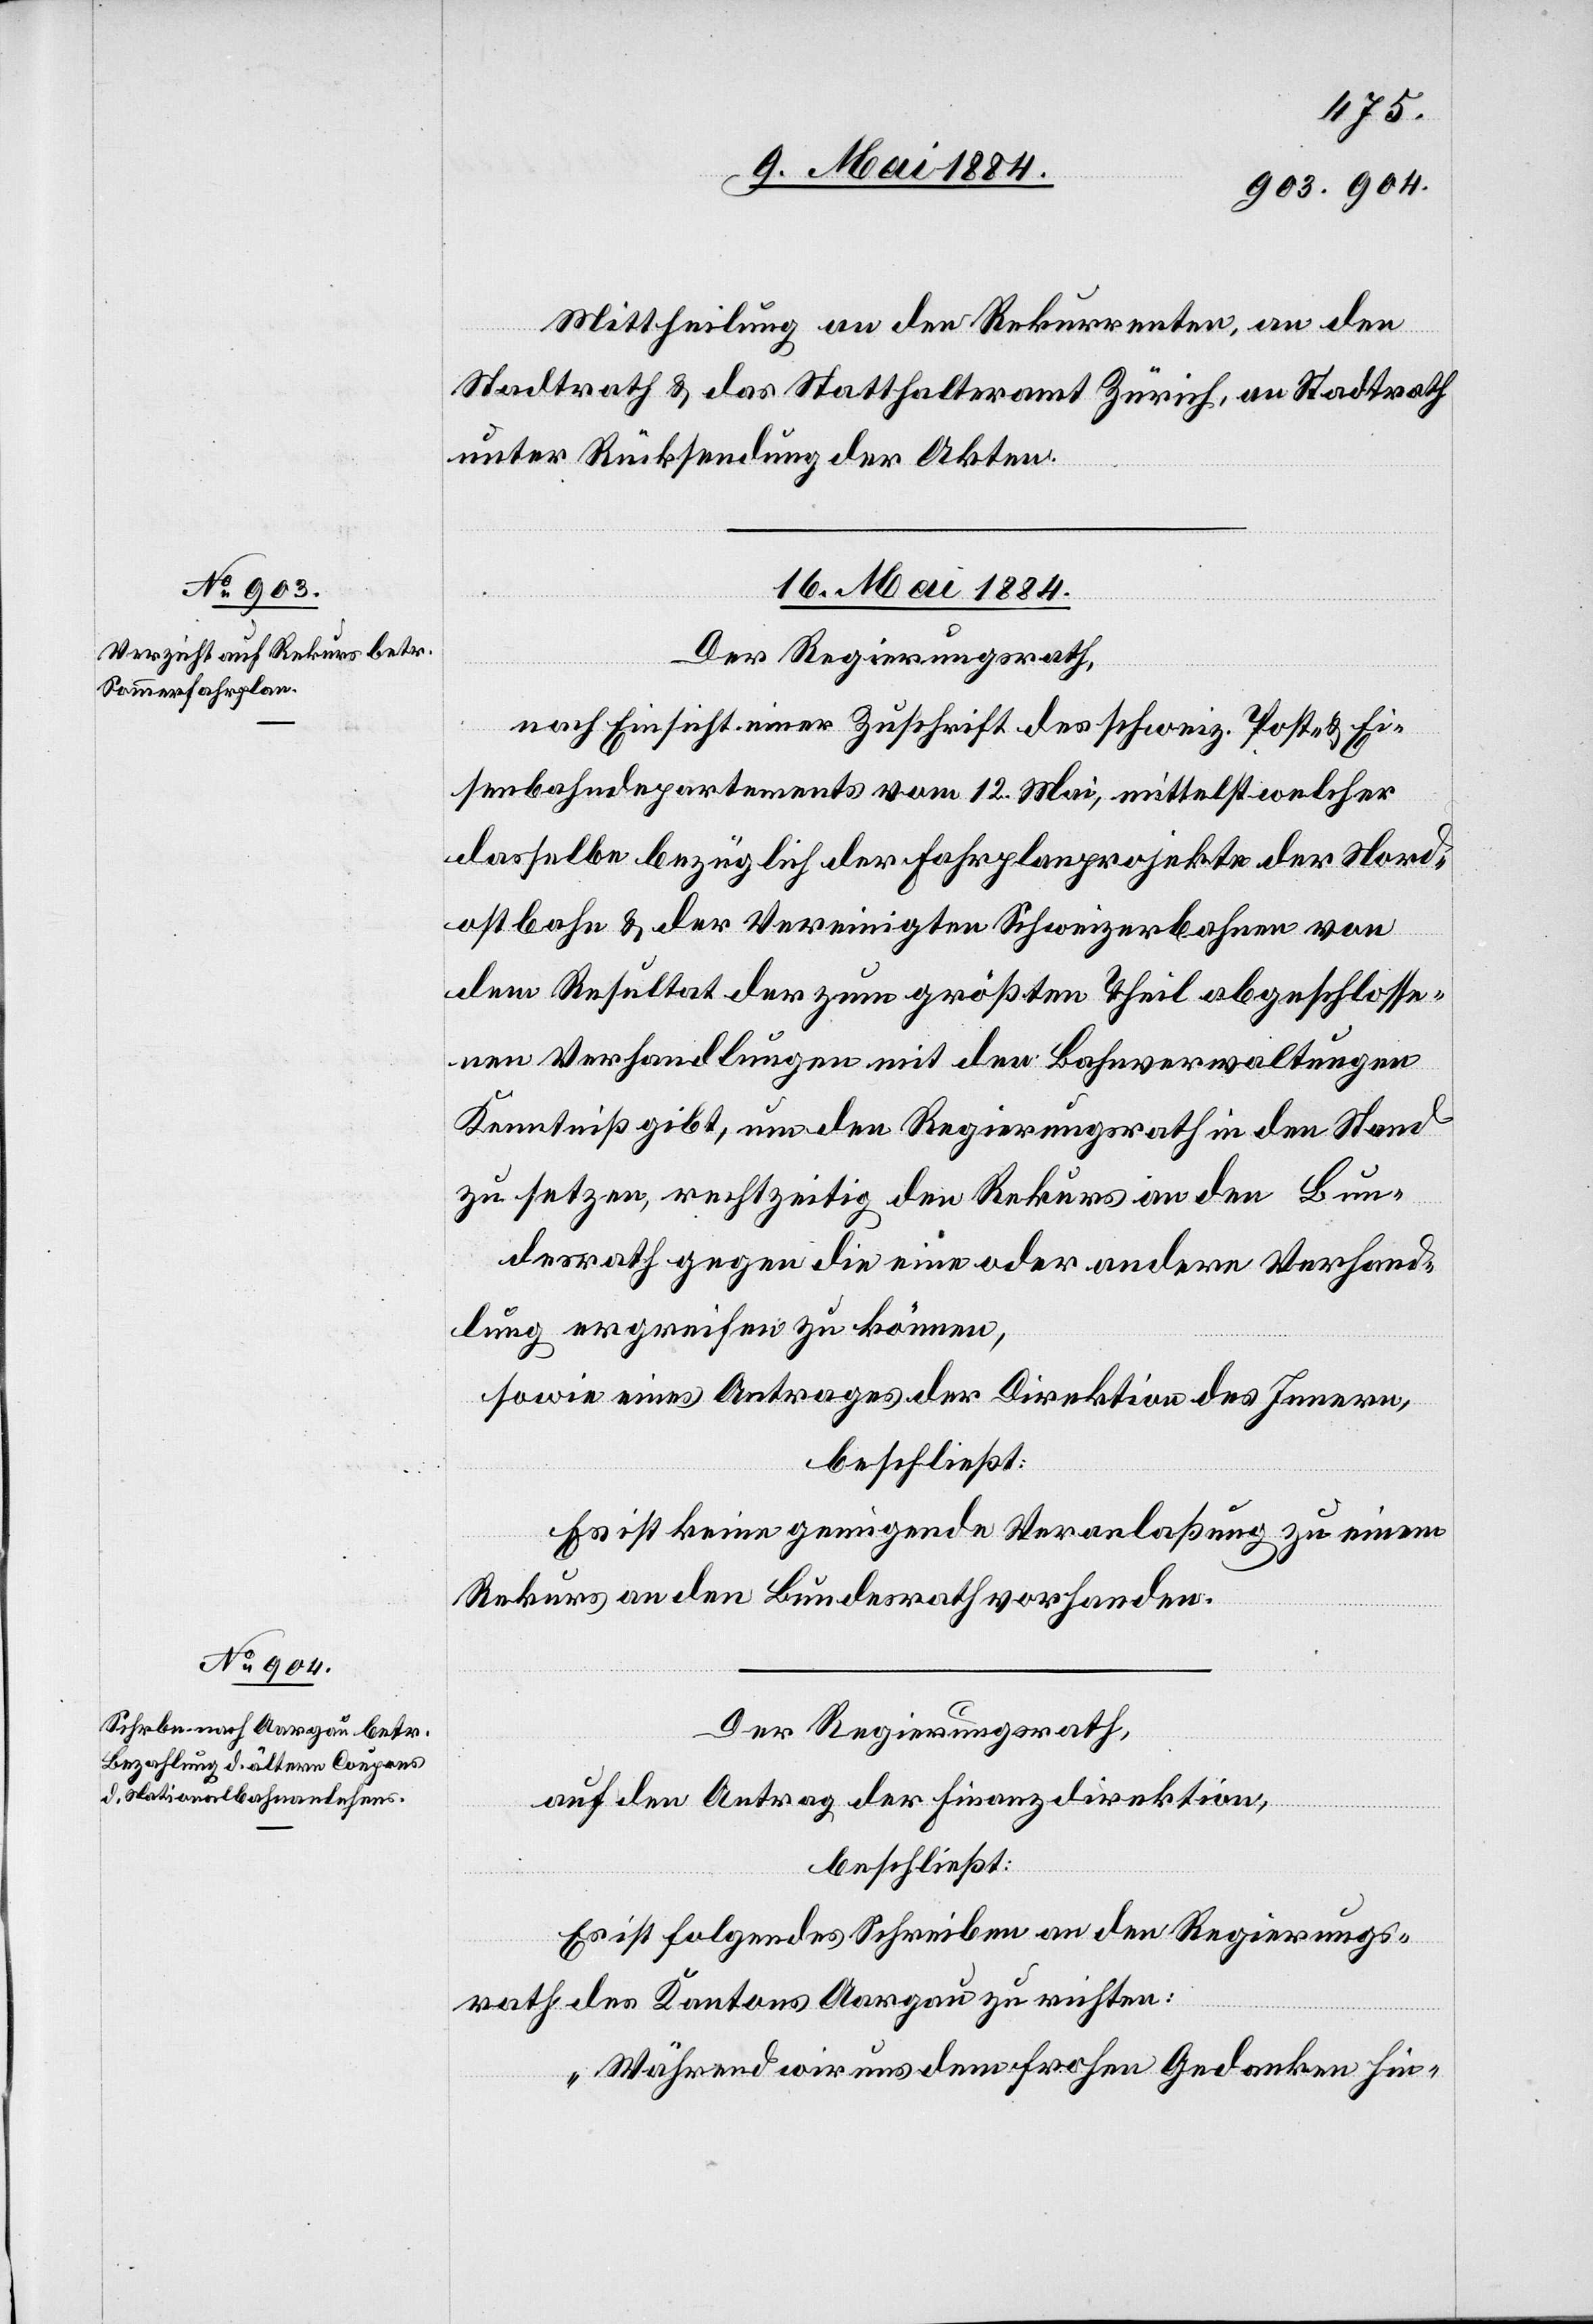
Mittheilung an den Rekurrenten, an den
Stadtrath & das Statthalteramt Zürich, an Stadtrath
unter Rücksendung der Akten.
16. Mai 1884.
Der Regierungsrath,
nach Einsicht einer Zuschrift des schweiz. Post- & Ei¬
senbahndepartements vom 12. Mai, mittelst welcher
dasselbe bezüglich der Fahrplanprojekte der Nord¬
ostbahn & der Vereinigten Schweizerbahnen von
dem Resultat der zum größten Theil abgeschlosse¬
nen Verhandlungen mit den Bahnverwaltungen
Kenntniß gibt, um den Regierungsrath in den Stand
zu setzen, rechtzeitig den Rekurs an den Bun¬
desrath gegen die eine oder andere Verhand¬
lung ergreifen zu können,
sowie eines Antrages der Direktion des Innern,
beschließt:
Es ist keine genügende Veranlaßung zu einem
Rekurs an den Bundesrath vorhanden.